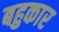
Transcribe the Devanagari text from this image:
बहुकार